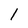
Character: 1